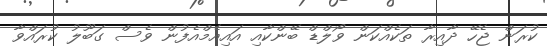
ކުރަން ޖެހޭ ދާއިރާ ތަކެއްކަން ވޯލްޑް ބޭންކާއި އައިއެމްއެފުން ވެސް ގަބޫލު ކުރައްވާ